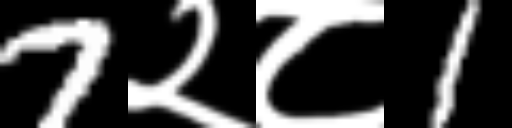
Text: 7२८1